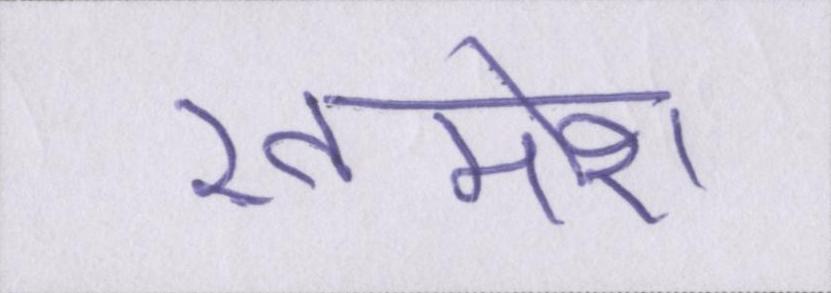
ख़ामोश